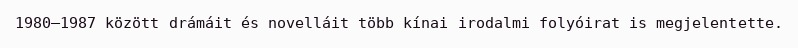
1980–1987 között drámáit és novelláit több kínai irodalmi folyóirat is megjelentette.